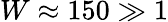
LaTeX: W\approx 150\gg 1